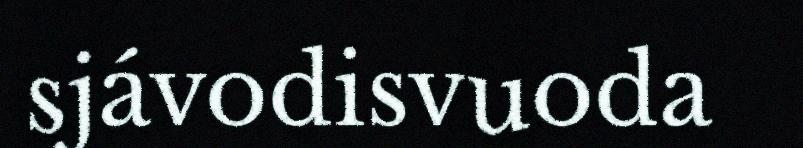
sjávodisvuoda